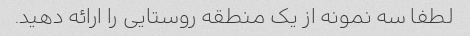
لطفا سه نمونه از یک منطقه روستایی را ارائه دهید.